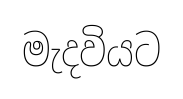
මැදවියට